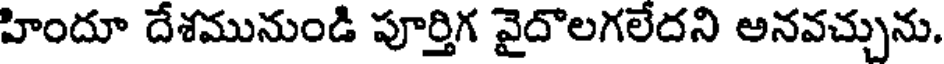
హిందూ దేశమునుండి పూర్తిగ వైదొలగలేదని అనవచ్చును.